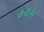
હરામ